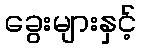
ခွေးများနှင့်